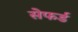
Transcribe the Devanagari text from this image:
सेफर्ड